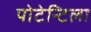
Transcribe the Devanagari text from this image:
पोटेन्टिला